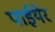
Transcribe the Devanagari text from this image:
पाईयेर